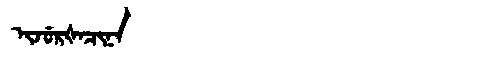
Manchu: ᡳᠵᡠᡵᡧᠠᠴᡳᠨᠠ
Romanization: IJURŠACINA